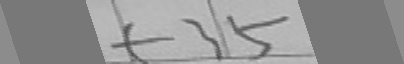
+ 3 5